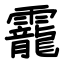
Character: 靇